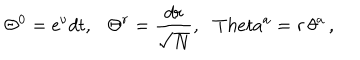
LaTeX: \Theta ^ { 0 } = \mathrm { e } ^ { \nu } d t , \ \ \ \Theta ^ { r } = \frac { d r } { \sqrt { N } } , \ \ \, T h e t a ^ { a } = r \, \theta ^ { a } \, ,